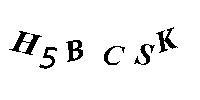
H5BCSK